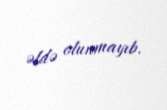
əldə olunmayıb.